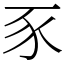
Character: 豕